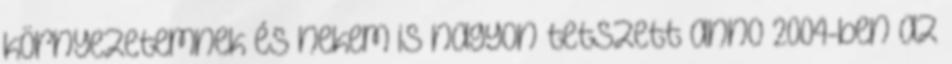
környezetemnek és nekem is nagyon tetszett anno 2004-ben az